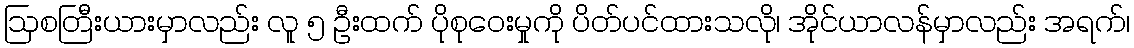
ဩစတြီးယားမှာလည်း လူ ၅ ဦးထက် ပိုစုဝေးမှုကို ပိတ်ပင်ထားသလို၊ အိုင်ယာလန်မှာလည်း အရက်၊